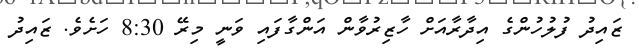
ޒައިދު ފުލުހުންގެ އިދާރާއަށް ހާޒިރުވާން އަންގާފައި ވަނީ މިރޭ 8:30 ހަށެވެ. ޒައިދު